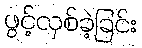
ဖွင့်လှစ်ခဲ့ခြင်း